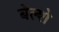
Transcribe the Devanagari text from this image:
बेल्शे